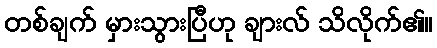
တစ်ချက် မှားသွားပြီဟု ချားလ် သိလိုက်၏။